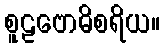
စူဠဗောဓိစရိယ။